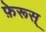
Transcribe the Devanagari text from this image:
फ़ेरूस्